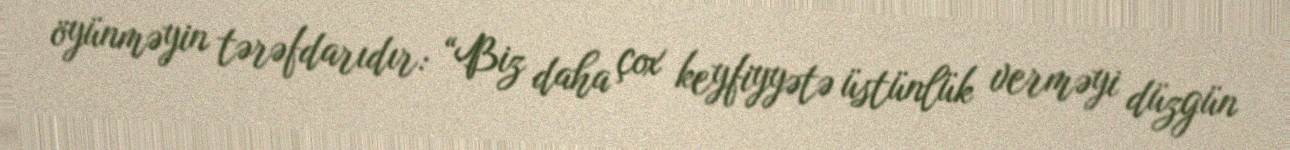
öyünməyin tərəfdarıdır: “Biz daha çox keyfiyyətə üstünlük verməyi düzgün